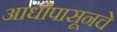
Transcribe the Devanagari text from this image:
आधीपासूनचे